Vaccination in Bombay 1902-1912 - 1902-1912
Year: 1902
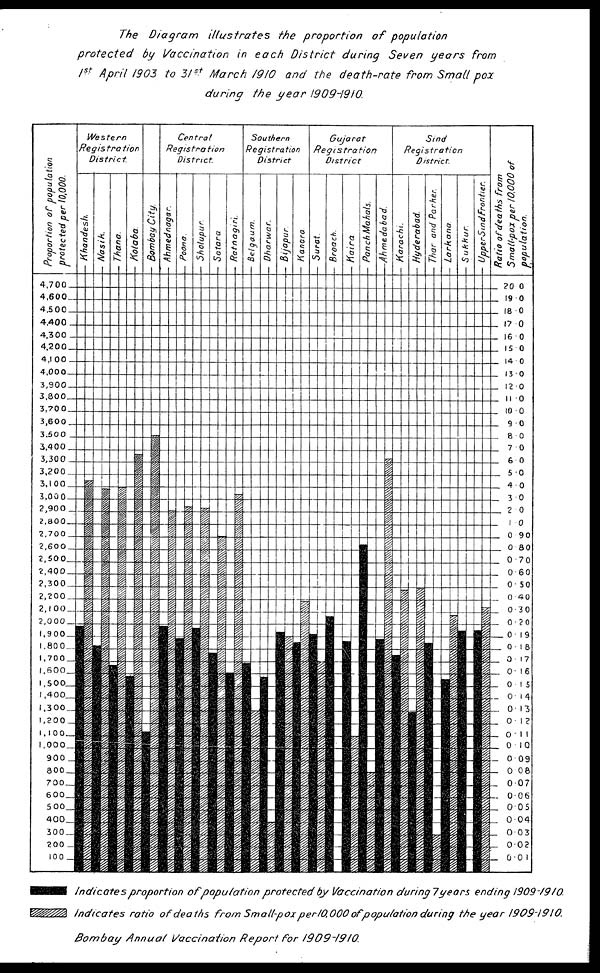
The Diagram illustrates
the proportion
of population
protected
by Vaccination in each District
during Seven years from
1st April 1903 to 31st March 1910 and the death-rate from Small pox
during the year 1909-1910.